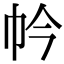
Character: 𢁮